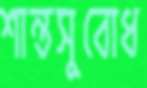
শান্তসুবোধ